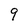
Character: 9